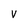
Character: v